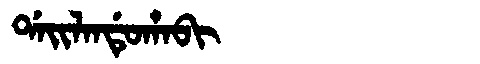
Manchu: ᡩᠠᡳᠯᠠᠨᡩᡠᡥᠠᠪᡳ
Romanization: DAILANDUHABI